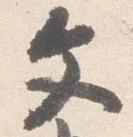
文